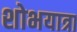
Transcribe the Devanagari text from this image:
शोभयात्रा